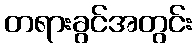
တရားခွင်အတွင်း